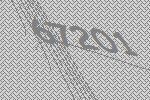
67201